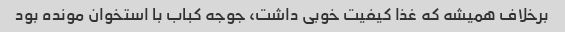
برخلاف همیشه که غذا کیفیت خوبی داشت، جوجه کباب با استخوان مونده بود